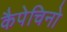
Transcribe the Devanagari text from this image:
कैपेचिनो